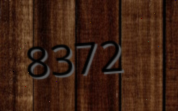
8372